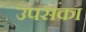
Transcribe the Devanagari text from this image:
उपसका